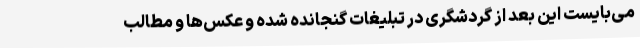
می‌بایست این بعد از گردشگری در تبلیغات گنجانده شده و عکس‌ها و مطالب